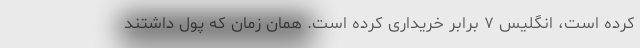
کرده است، انگلیس ۷ برابر خریداری کرده است. همان زمان که پول داشتند